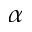
\alpha